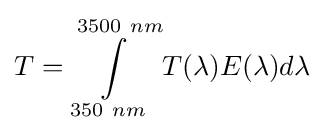
T=\int \limits _{350\ nm}^{3500\ nm}T(\lambda )E(\lambda )d\lambda